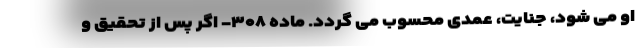
او می شود، جنایت، عمدی محسوب می گردد. ماده ۳۰۸- اگر پس از تحقیق و